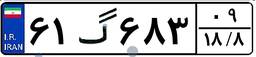
۶۱گ۶۸۳۰۹